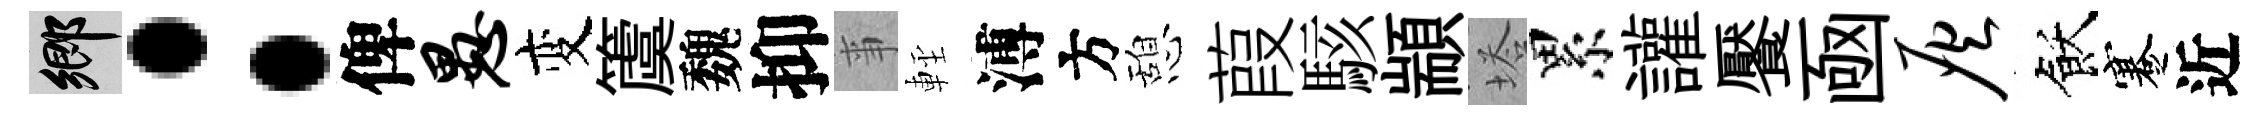
鄉：俾愚变𥵂魏抑亊䡖溥方憩葭駭顓塔累讙饜凾灰飫蹇近